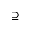
\supseteq